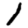
Digit: 1